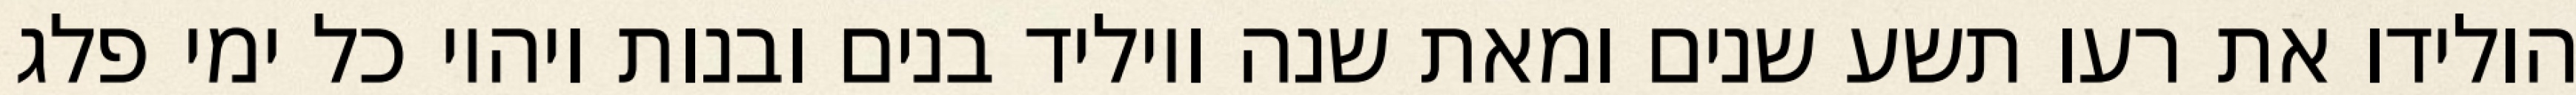
הולידו את רעו תשע שנים ומאת שנה ויוליד בנים ובנות ויהיו כל ימי פלג